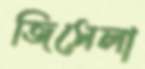
জিসেলা